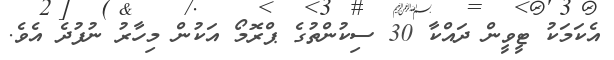
އެކަމަކު ޓީވީން ދައްކާ 30 ސިކުންތުގެ ޕްރޮމޯ އަކުން މިހާރު ނުފުދެ އެވެ.